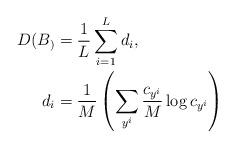
LaTeX: \begin{align*} D(B_) &= \frac{1}{L}\sum_{i=1}^L d_i, \\ d_i &= \frac{1}{M} \left( \sum_{y^i} \frac{c_{y^i}}{M} \log c_{y^i} \right) \end{align*}